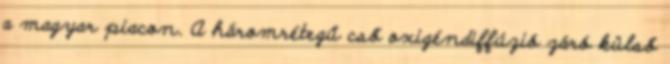
a magyar piacon. A háromrétegű cső oxigéndiffúzió záró külső